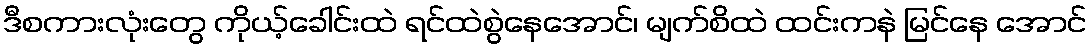
ဒီစကားလုံးတွေ ကိုယ့်ခေါင်းထဲ ရင်ထဲစွဲနေအောင်၊ မျက်စိထဲ ထင်းကနဲ မြင်နေ အောင်